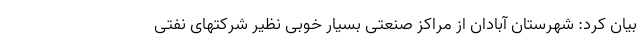
بیان کرد: شهرستان آبادان از مراکز صنعتی بسیار خوبی نظیر شرکتهای نفتی